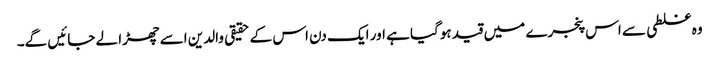
وہ غلطی سے اس پنجرے میں قید ہوگیا ہے اور ایک دن اس کے حقیقی والدین اسے چھڑا لے جائیں گے۔